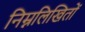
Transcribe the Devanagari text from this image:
निम्नलिखितों